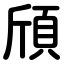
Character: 頎